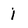
Character: I